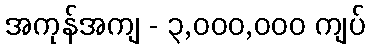
အကုန်အကျ - ၃,၀၀၀,၀၀၀ ကျပ်